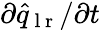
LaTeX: \partial{}\hat{q}_{\mathrm{~l~r~}}/\partial{}t